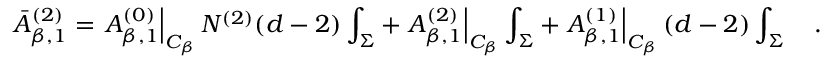
\bar { A } _ { \beta , 1 } ^ { ( 2 ) } = \left. A _ { \beta , 1 } ^ { ( 0 ) } \right| _ { { \cal C } _ { \beta } } N ^ { ( 2 ) } ( d - 2 ) \int _ { \Sigma } + \left. A _ { \beta , 1 } ^ { ( 2 ) } \right| _ { { \cal C } _ { \beta } } \int _ { \Sigma } + \left. A _ { \beta , 1 } ^ { ( 1 ) } \right| _ { { \cal C } _ { \beta } } ( d - 2 ) \int _ { \Sigma } ~ ~ ~ .